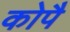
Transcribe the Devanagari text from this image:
कोपै